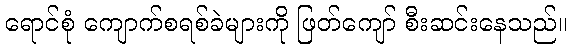
ရောင်စုံ ကျောက်စရစ်ခဲများကို ဖြတ်ကျော် စီးဆင်းနေသည်။